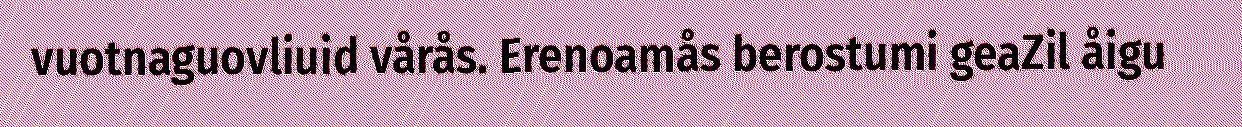
vuotnaguovliuid vårås. Erenoamås berostumi geaZil åigu